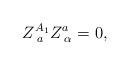
LaTeX: \begin{align*}Z_{\;a}^{A_1}Z_{\;\alpha }^a=0,\end{align*}